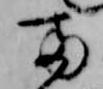
両